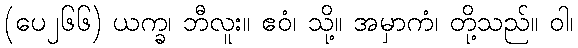
(ပေ၂၆၆) ယက္ခ၊ ဘီလူး။ ဧဝံ၊ သို့။ အမှာကံ၊ တို့သည်။ ဝါ၊